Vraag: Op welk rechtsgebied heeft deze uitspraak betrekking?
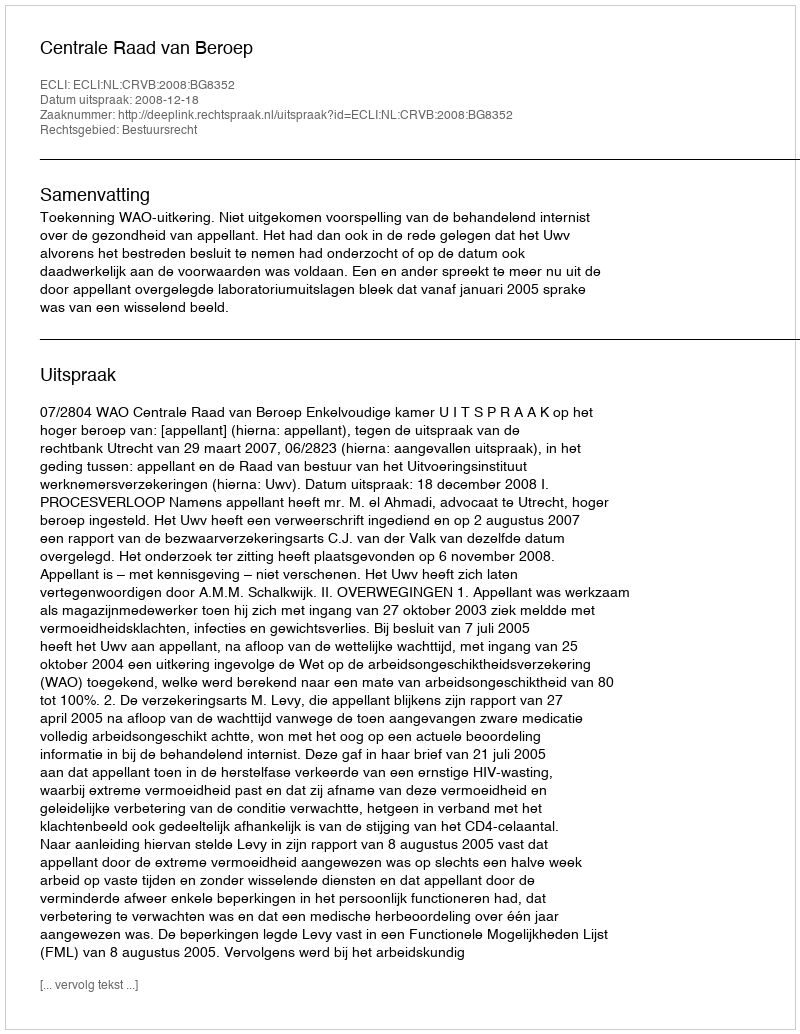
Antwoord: Bestuursrecht